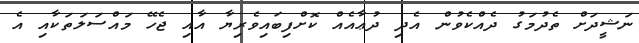
ނަޝީދަށް ތެދުމަގު ދެއްކެވުން އެދި ދުޢާއެއް ކޮށްފިބައިވެރިޔާ އާއި ޖެހޭ މައްސަލަތަކާއި އެ